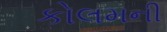
કોલમની